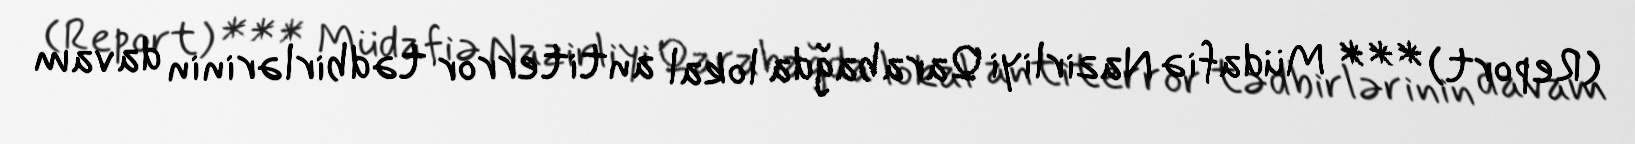
(Report) *** Müdafiə Nazirliyi Qarabağda lokal antiterror tədbirlərinin davam